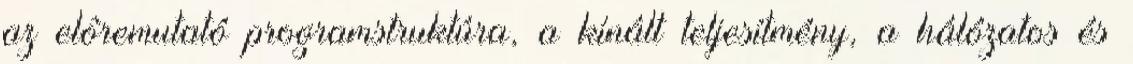
az elôremutató programstruktúra, a kínált teljesítmény, a hálózatos és